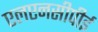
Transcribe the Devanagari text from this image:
एलएनसीपीई